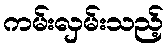
ကမ်းလှမ်းသည့်